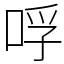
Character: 哹